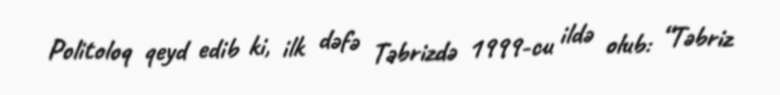
Politoloq qeyd edib ki, ilk dəfə Təbrizdə 1999-cu ildə olub: “Təbriz